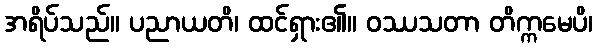
အရိပ်သည်။ ပညာယတိ၊ ထင်ရှား၏။ ဝဿသတာ တိက္ကမေပိ၊